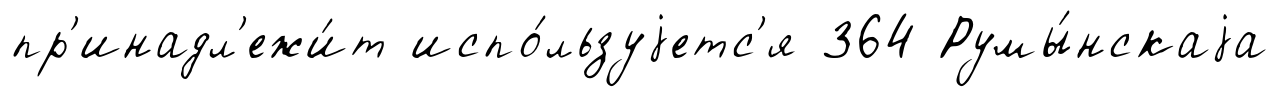
пр'инадл'ежи́т испо́льзуjетс'я 364 Румы́нскаjа